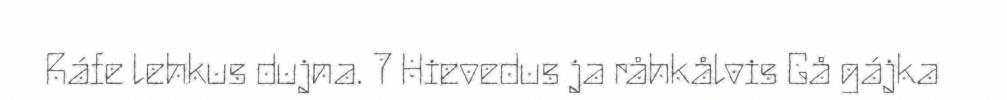
Ráfe lehkus dujna. 7 Hievedus ja råhkålvis Gå gájka